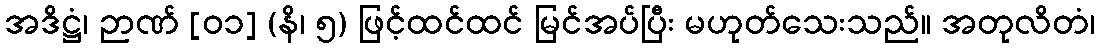
အဒိဋ္ဌံ၊ ဉာဏ် [၀၁] (နိ၊ ၅) ဖြင့်ထင်ထင် မြင်အပ်ပြီး မဟုတ်သေးသည်။ အတုလိတံ၊